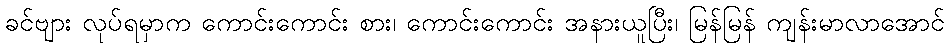
ခင်ဗျား လုပ်ရမှာက ကောင်းကောင်း စား၊ ကောင်းကောင်း အနားယူပြီး၊ မြန်မြန် ကျန်းမာလာအောင်